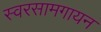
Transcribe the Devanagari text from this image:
स्वरसामगायन